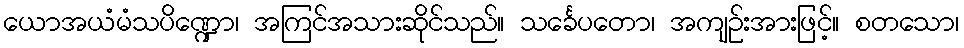
ယောအယံမံသပိဏ္ဍော၊ အကြင်အသားဆိုင်သည်။ သင်္ခေပတော၊ အကျဉ်းအားဖြင့်။ စတသော၊